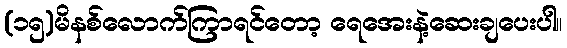
(၁၅)မိနစ်လောက်ကြာရင်တော့ ရေအေးနဲ့ဆေးချပေးပါ။